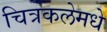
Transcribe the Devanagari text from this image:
चित्रकलेमधे